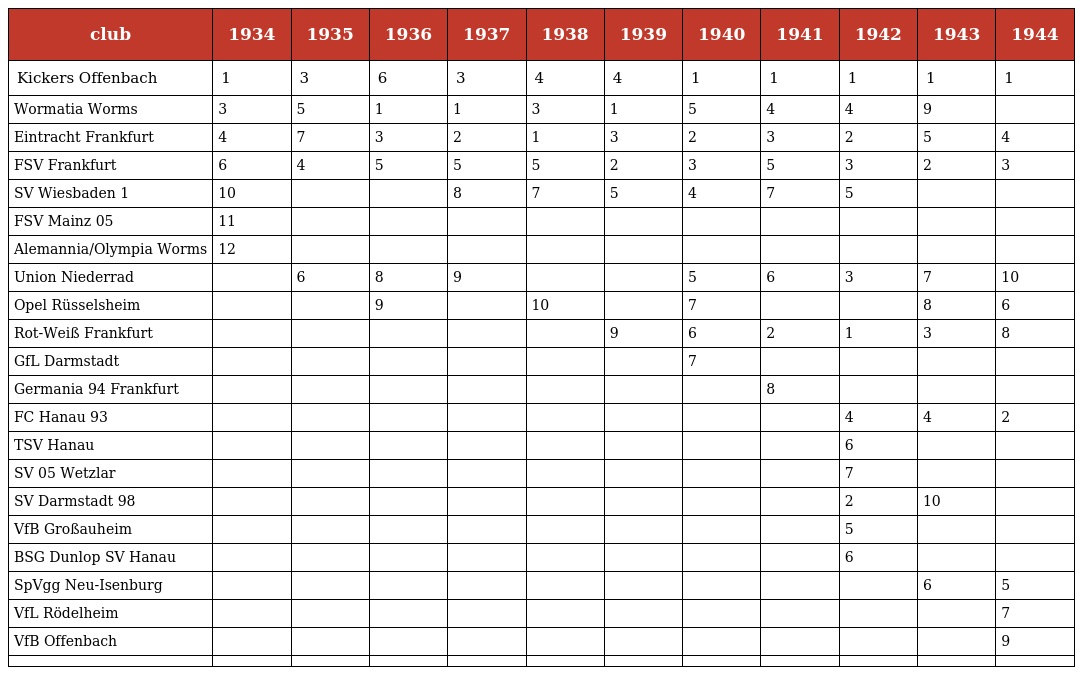
| club | 1934 | 1935 | 1936 | 1937 | 1938 | 1939 | 1940 | 1941 | 1942 | 1943 | 1944 |
 | --- | --- | --- | --- | --- | --- | --- | --- | --- | --- | --- | --- |
 | Kickers Offenbach | 1 | 3 | 6 | 3 | 4 | 4 | 1 | 1 | 1 | 1 | 1 |
 | Wormatia Worms | 3 | 5 | 1 | 1 | 3 | 1 | 5 | 4 | 4 | 9 |  |
 | Eintracht Frankfurt | 4 | 7 | 3 | 2 | 1 | 3 | 2 | 3 | 2 | 5 | 4 |
 | FSV Frankfurt | 6 | 4 | 5 | 5 | 5 | 2 | 3 | 5 | 3 | 2 | 3 |
 | SV Wiesbaden 1 | 10 |  |  | 8 | 7 | 5 | 4 | 7 | 5 |  |  |
 | FSV Mainz 05 | 11 |  |  |  |  |  |  |  |  |  |  |
 | Alemannia/Olympia Worms | 12 |  |  |  |  |  |  |  |  |  |  |
 | Union Niederrad |  | 6 | 8 | 9 |  |  | 5 | 6 | 3 | 7 | 10 |
 | Opel Rüsselsheim |  |  | 9 |  | 10 |  | 7 |  |  | 8 | 6 |
 | Rot-Weiß Frankfurt |  |  |  |  |  | 9 | 6 | 2 | 1 | 3 | 8 |
 | GfL Darmstadt |  |  |  |  |  |  | 7 |  |  |  |  |
 | Germania 94 Frankfurt |  |  |  |  |  |  |  | 8 |  |  |  |
 | FC Hanau 93 |  |  |  |  |  |  |  |  | 4 | 4 | 2 |
 | TSV Hanau |  |  |  |  |  |  |  |  | 6 |  |  |
 | SV 05 Wetzlar |  |  |  |  |  |  |  |  | 7 |  |  |
 | SV Darmstadt 98 |  |  |  |  |  |  |  |  | 2 | 10 |  |
 | VfB Großauheim |  |  |  |  |  |  |  |  | 5 |  |  |
 | BSG Dunlop SV Hanau |  |  |  |  |  |  |  |  | 6 |  |  |
 | SpVgg Neu-Isenburg |  |  |  |  |  |  |  |  |  | 6 | 5 |
 | VfL Rödelheim |  |  |  |  |  |  |  |  |  |  | 7 |
 | VfB Offenbach |  |  |  |  |  |  |  |  |  |  | 9 |
 |  |  |  |  |  |  |  |  |  |  |  |  |